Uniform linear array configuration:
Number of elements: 32
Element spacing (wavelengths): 0.5
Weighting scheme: hann
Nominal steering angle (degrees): -45
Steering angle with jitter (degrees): -45.902
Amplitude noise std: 0.05
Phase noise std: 0.05

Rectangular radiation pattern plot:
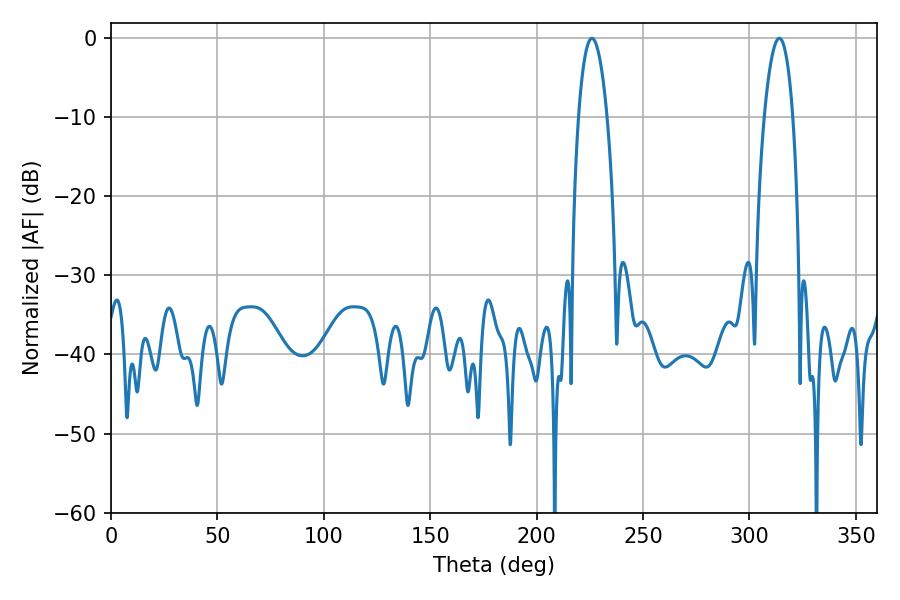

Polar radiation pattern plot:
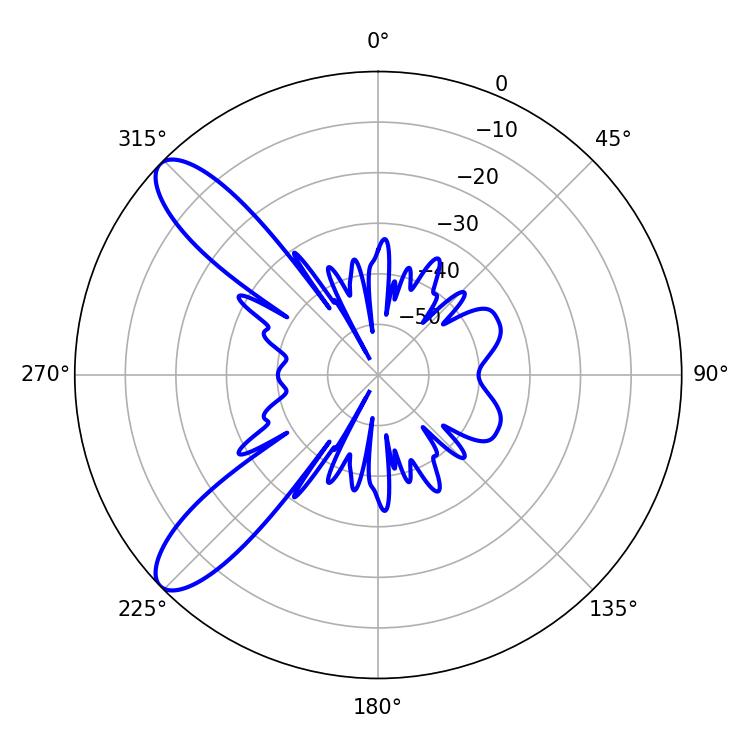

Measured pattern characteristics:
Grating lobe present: FALSE
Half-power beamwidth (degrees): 7.56
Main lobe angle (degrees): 225.9